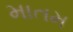
માતમ